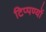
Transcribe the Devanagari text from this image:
टिप्पण्यों